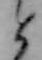
と